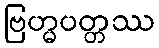
ဗြဟ္မပတ္တဿ